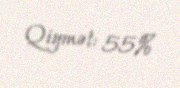
Qiymət: 55%